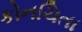
કોનચિતા